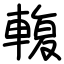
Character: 輹